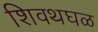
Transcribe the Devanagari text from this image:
शिवथघळ